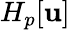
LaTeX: H_{p}[\mathbf{u}]